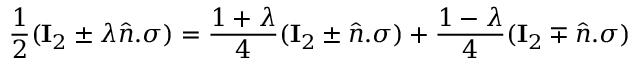
\frac { 1 } { 2 } ( \mathbf { I } _ { 2 } \pm \lambda \hat { n } . \sigma ) = \frac { 1 + \lambda } { 4 } ( \mathbf { I } _ { 2 } \pm \hat { n } . \sigma ) + \frac { 1 - \lambda } { 4 } ( \mathbf { I } _ { 2 } \mp \hat { n } . \sigma )